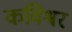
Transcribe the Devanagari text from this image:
कविश्वर